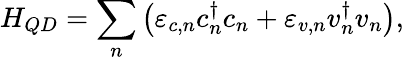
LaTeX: H_{QD}=\sum_{n}\left(\varepsilon_{c,n}c_{n}^{\dagger}c_{n}+\varepsilon_{v,n}v_{n}^{\dagger}v_{n}\right),